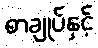
စာချုပ်နှင့်